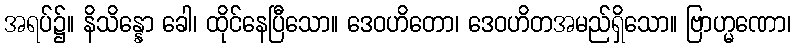
အရပ်၌။ နိသိန္နော ခေါ၊ ထိုင်နေပြီသော။ ဒေဝဟိတော၊ ဒေဝဟိတအမည်ရှိသော။ ဗြာဟ္မဏော၊